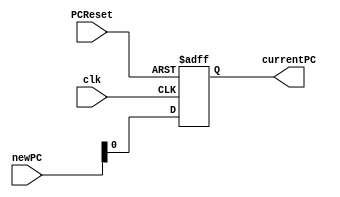
`timescale 1ns / 1ps

module PC (
  /****** Inputs ******/
  clk,
  PCReset,
  newPC,

  /****** Outputs ******/
  currentPC
);
  input clk;
  input PCReset;
  input [29:0] newPC;

  output reg currentPC;

  always @(posedge clk or posedge PCReset) begin
    if (PCReset) 
      currentPC = 29'b0;
    else begin
      currentPC <= newPC;
    end
  end

endmodule